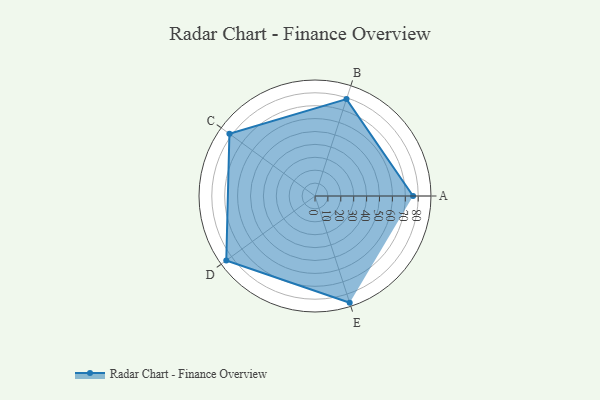
{"axis": {"x": "Skill", "y": "Score"}, "legend": ["Profile"], "data": [{"x": "A", "y": 76.0, "type": "Profile"}, {"x": "B", "y": 79.0, "type": "Profile"}, {"x": "C", "y": 82.0, "type": "Profile"}, {"x": "D", "y": 85.0, "type": "Profile"}, {"x": "E", "y": 87.0, "type": "Profile"}]}